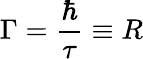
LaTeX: \Gamma=\frac{\hbar}{\tau}\equiv R